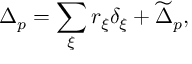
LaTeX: \Delta _ { p } = \sum _ { \xi } r _ { \xi } \delta _ { \xi } + \widetilde \Delta _ { p } ,